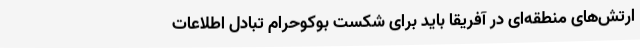
ارتش‌های منطقه‌ای در آفریقا باید برای شکست بوکوحرام تبادل اطلاعات